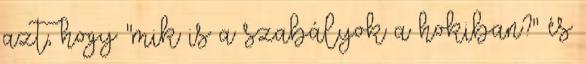
azt, hogy "mik is a szabályok a hokiban?" és